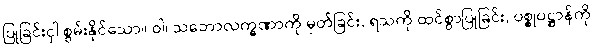
ပြုခြင်းငှါ စွမ်းနိုင်သော။ ဝါ၊ သဘောလက္ခဏာကို မှတ်ခြင်း, ရသကို ထင်စွာပြုခြင်း, ပစ္စုပဋ္ဌာန်ကို